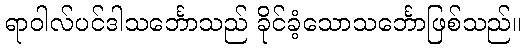
ရာဝါလ်ပင်ဒါသင်္ဘောသည် ခိုင်ခံ့သောသင်္ဘောဖြစ်သည်။